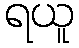
ရယူ